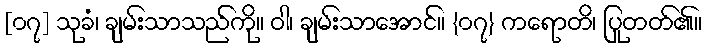
[၀၇] သုခံ၊ ချမ်းသာသည်ကို။ ဝါ၊ ချမ်းသာအောင်။ {၀၇} ကရောတိ၊ ပြုတတ်၏။